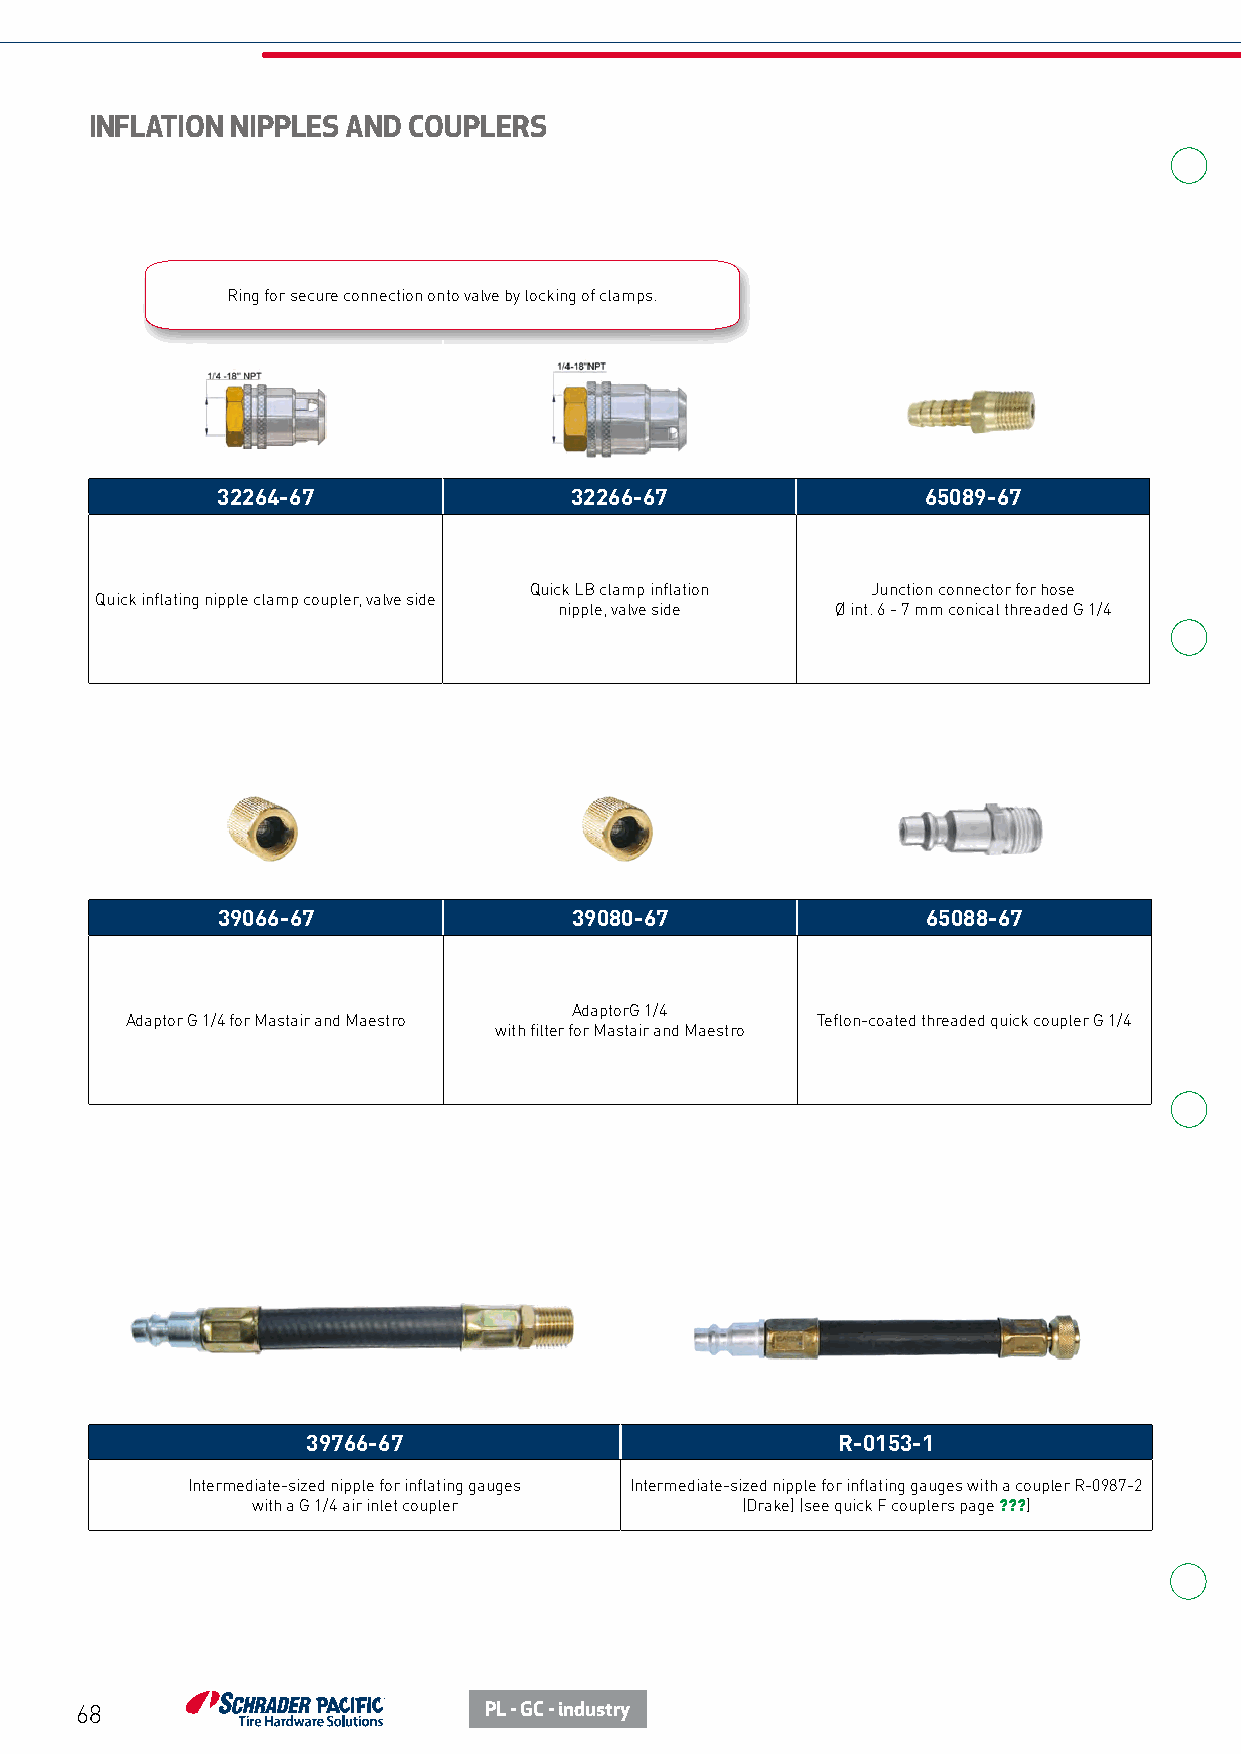
INFLATION NIPPLES AND COUPLERS
 Ring for secure connection onto valve by locking of clamps.
 32264-67                32266-67               65089-67
 Quick LB clamp inflation Junction connector for hose
 Quick inflating nipple clamp coupler, valve side
 nipple, valve side Ø int. 6 - 7 mm conical threaded G 1/4
 39066-67                39080-67               65088-67
 AdaptorG 1/4
 Adaptor G 1/4 for Mastair and Maestro         Teflon-coated threaded quick coupler G 1/4
 with filter for Mastair and Maestro
 39766-67                           R-0153-1
 Intermediate-sized nipple for inflating gauges Intermediate-sized nipple for inflating gauges with a coupler R-0987-2
 with a G 1/4 air inlet coupler  (Drake) (see quick F couplers page ???)
 68                         PL - GC - industry